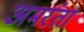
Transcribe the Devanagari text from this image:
अमरंता